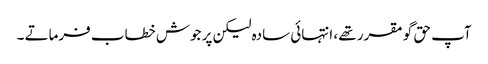
آپ حق گو مقرر تھے ، انتہائی سادہ لیکن پر جوش خطاب فرماتے ۔